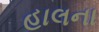
હાલના